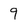
Character: 9